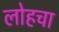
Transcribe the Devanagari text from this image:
लोहचा